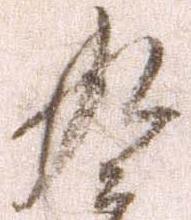
九